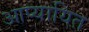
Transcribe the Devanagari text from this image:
आप्यायित